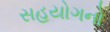
સહયોગનો